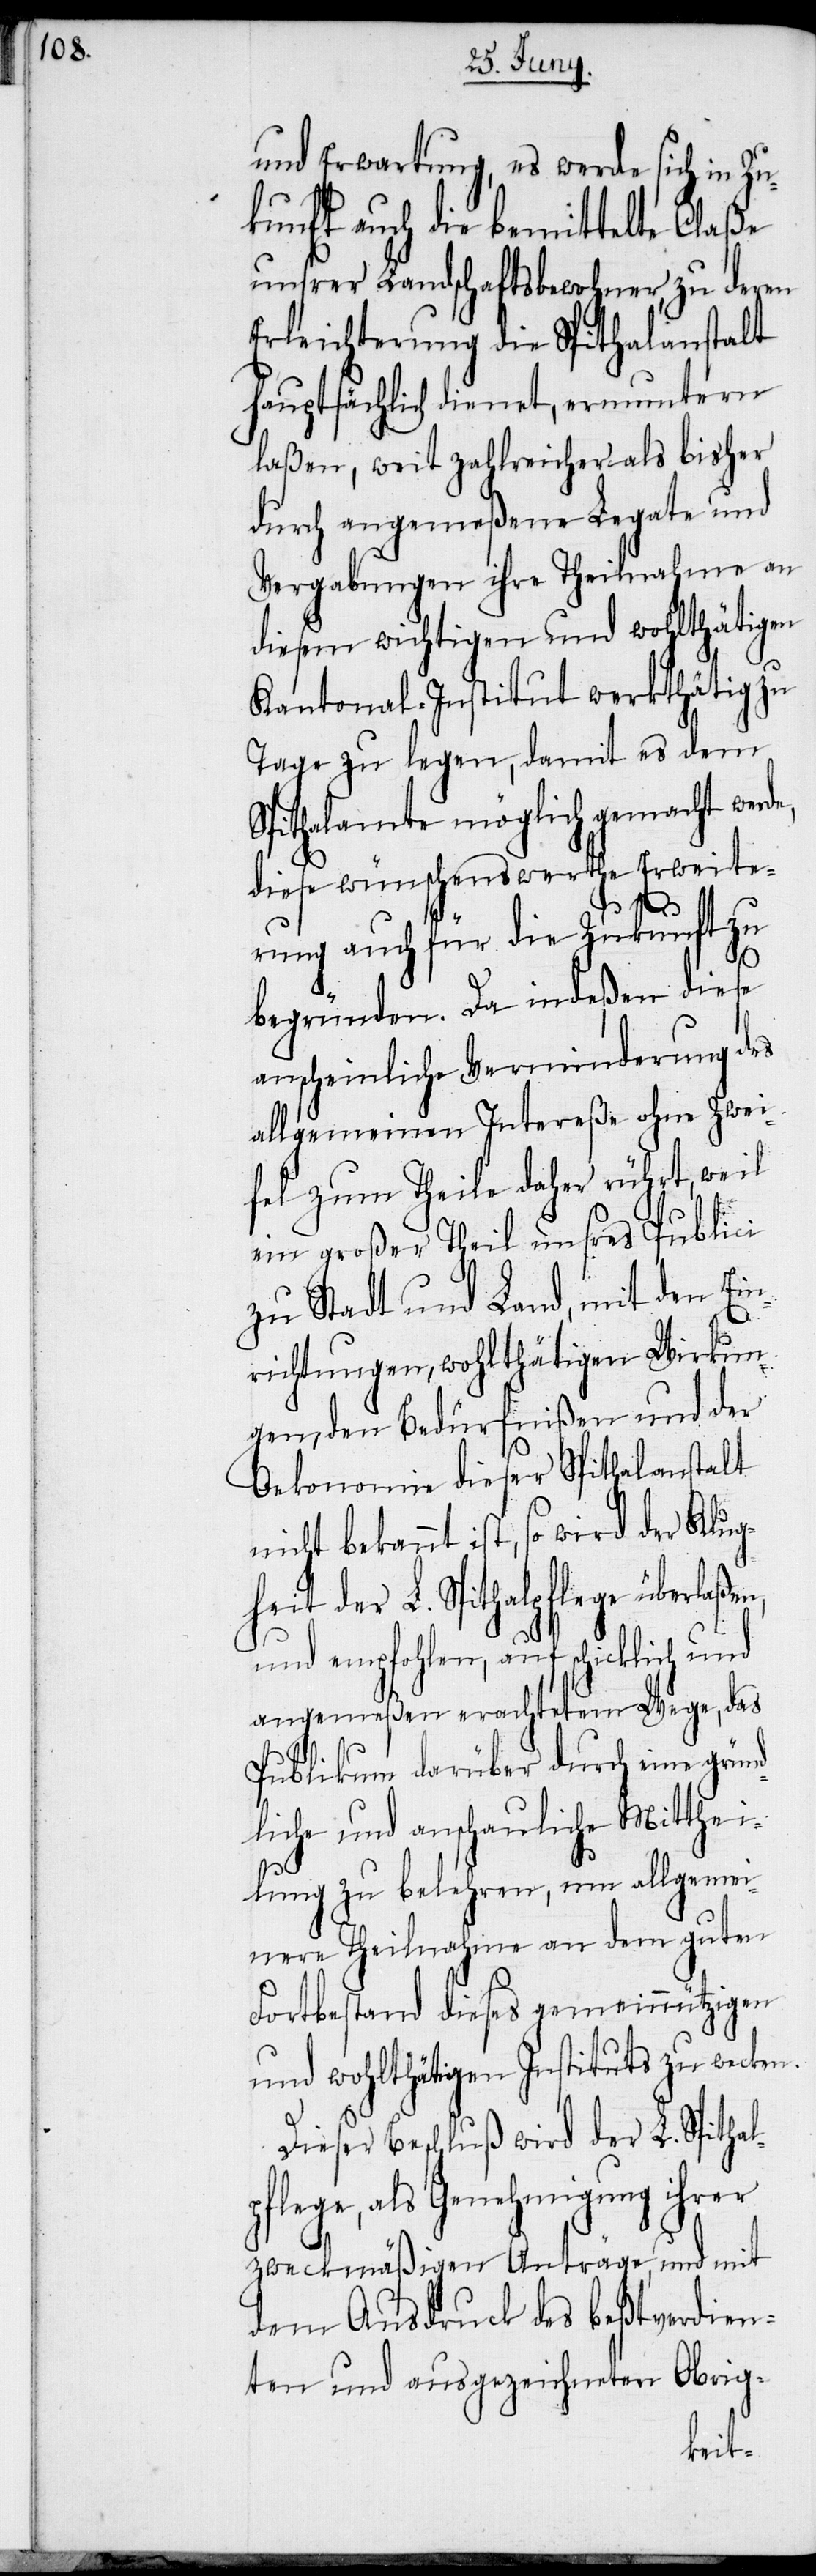
und Erwartung, es werde sich in Zu¬
kunft auch die bemittelte Claße
unsrer Landschaftsbewohner, zu deren
Erleichterung die Spithalanstalt
hauptsächlich dienet, ermuntern
laßen, weit zahlreicher als bisher
durch angemeßene Legate und
Vergabungen ihre Theilnahme an
diesem wichtigen und wohlthätigen
Kantonal-Institut werkthätig zu
Tage zu legen, damit es dem
Spithalamte möglich gemacht werde,
diese wünschenswerthe Erweite¬
en,
rung auch für die Zukunft zu
begründen. Da indeßen diese
anscheinliche Verminderung des
allgemeinen Intereße ohne Zwei¬
fel zum Theile daher rührt, weil
ein großer Theil unsres Publici
zu Stadt und Land, mit den Ein¬
richtungen, wohlthätigen Wirkun¬
gen, den Bedürfnißen und der
Oekonomie dieser Spithalanstalt
nicht bekannt ist, so wird der Klug¬
heit der L. Spithalpflege überlaß¬
und empfohlen, auf schicklich und
angemeßen erachtetem Wege, das
Publikum darüber durch eine gründ¬
liche und anschauliche Mitthei¬
lung zu belehren, um allgemei¬
nere Theilnahme an dem guten
Fortbestand dieses gemeinnützigen
und wohlthätigen Instituts zu wecken.
Dieser Beschluß wird der L. Spithal¬
pflege, als Genehmigung ihrer
zweckmäßigen Anträge, und mit
dem Ausdruck des beßtverdien¬
ten und ausgezeichneten Obrig-